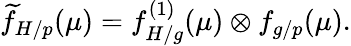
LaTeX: \widetilde{f}_{H/p}(\mu)=f_{H/g}^{(1)}(\mu)\otimes f_{g/p}(\mu).